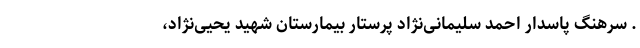
. سرهنگ پاسدار احمد سلیمانی‌نژاد پرستار بیمارستان شهید یحیی‌نژاد،